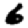
Digit: 6